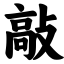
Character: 敲